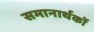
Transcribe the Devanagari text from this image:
समानार्थकों